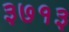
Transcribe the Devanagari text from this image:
३७१३